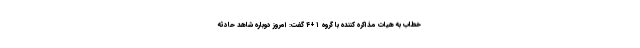
خطاب به هیات مذاکره کننده با گروه ۱+۴ گفت: امروز دوباره شاهد حادثه